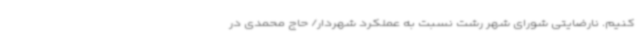
کنیم. نارضایتی شورای شهر رشت نسبت به عملکرد شهردار/ حاج محمدی در